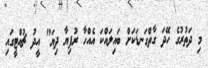
މި ދަތުރުގެ ހޭދަ ގާތްގަނޑަކަށް ބައިލައްކަ އެއްހާ ރުފިޔާ ދިޔަ" އީދު ޗުއްޓީގައި